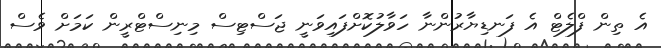
އެ ތިން ފްލެޓް އެ ފަނޑިޔާރުންނާ ހަވާލުކޮށްފައިވަނީ ޖަސްޓިސް މިނިސްޓްރީން ކަމަށް ވެސް